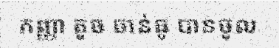
កញ្ញា តូច ចាន់ធូ បានចូល